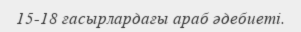
15-18 ғасырлардағы араб әдебиеті.